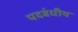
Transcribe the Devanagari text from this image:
पदबंधीय